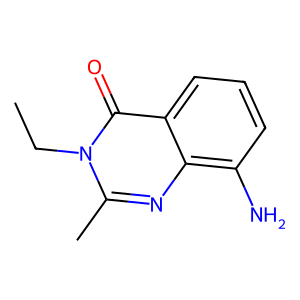
SMILES: CCn1c(C)nc2c(N)cccc2c1=O
Inhibits HIV replication: No